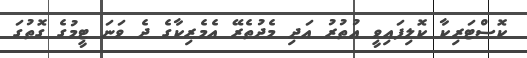
ކޮސްޓަރިކާ ކޮލިފައިވީ އުތުރު އަދި މެދުތެރޭ އެމެރިކާގެ ދެ ވަނަ ޓީމުގެ ގޮތުގަ